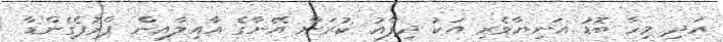
އަދި މިހާ ބޮޑު އަނިޔާވެރި އަކު ދިފާއު ކުރަން އޭނާގެ އާއިލާއިން ޕްރޮޕެގެންޑާ